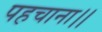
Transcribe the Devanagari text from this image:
पहचाना।।